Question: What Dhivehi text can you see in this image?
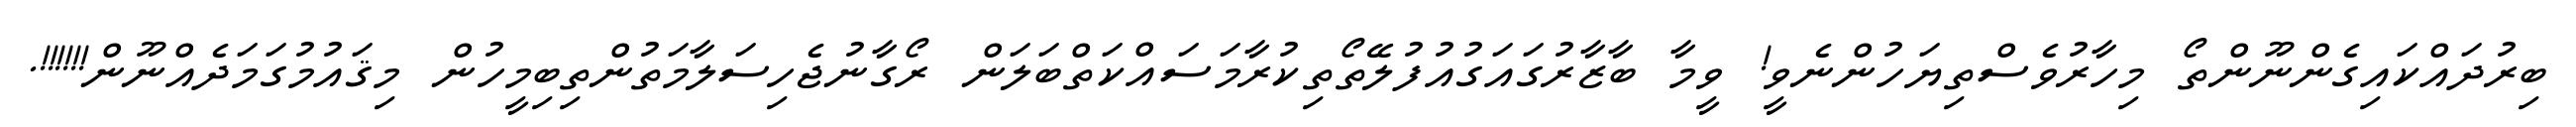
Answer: ބިރުދައްކައިގެންނޫންތޯ މިހާރުވެސްތިޔަހުންނެވީ! ވީމާ ބާޒާރުގައަގުއުފުލޭތޯތިކުރާމަސައްކަތްބަލަން ރޯގާނުޖެހިސަލާމަތުންތިބިމީހުން މިޤައުމުގަމަދެއްނޫން!!!!!!.